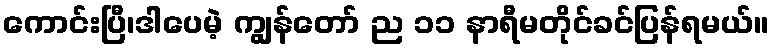
ကောင်းပြီ၊ဒါပေမဲ့ ကျွန်တော် ည ၁၁ နာရီမတိုင်ခင်ပြန်ရမယ်။